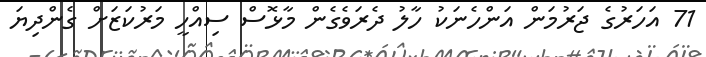
71 އަހަރުގެ ޖަރުމަން އަންހެނަކު ހާލު ދެރަވެގެން މާޅޮސް ސިއްހީ މަރުކަޒަށް ގެންދިޔަ